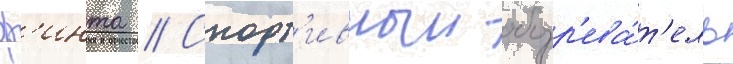
ф'инта // Спорт'ивныи обозр'ева́т'ель